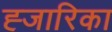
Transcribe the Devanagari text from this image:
ह्जारिका